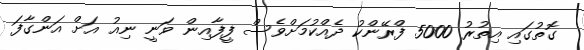
ގޮތުގައި އިތުރު 5000 ފްރޭންކު ދެއްކުމަށްވެސް ފީފާއިން ވަނީ ނިއު އަށް އަންގާފަ